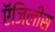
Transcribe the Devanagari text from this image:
ऍजिलीस